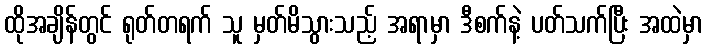
ထိုအချိန်တွင် ရုတ်တရက် သူ မှတ်မိသွားသည့် အရာမှာ ဒီစက်နဲ့ ပတ်သက်ပြီး အထဲမှာ